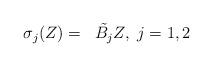
LaTeX: \begin{align*}\begin{aligned}\sigma_j(Z) & = & \tilde{B_j}Z,\ j=1,2\end{aligned} \end{align*}